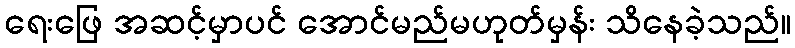
ရေးဖြေ အဆင့်မှာပင် အောင်မည်မဟုတ်မှန်း သိနေခဲ့သည်။